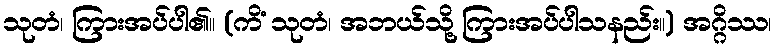
သုတံ၊ ကြားအပ်ပါ၏။ (ကိံ သုတံ၊ အဘယ်သို့ ကြားအပ်ပါသနည်း။) အဂ္ဂိဿ၊